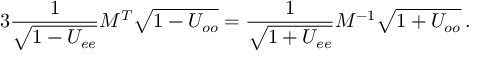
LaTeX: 3 \frac { 1 } { \sqrt { 1 - U _ { e e } } } M ^ { T } \sqrt { 1 - U _ { o o } } = \frac { 1 } { \sqrt { 1 + U _ { e e } } } M ^ { - 1 } \sqrt { 1 + U _ { o o } } \, .